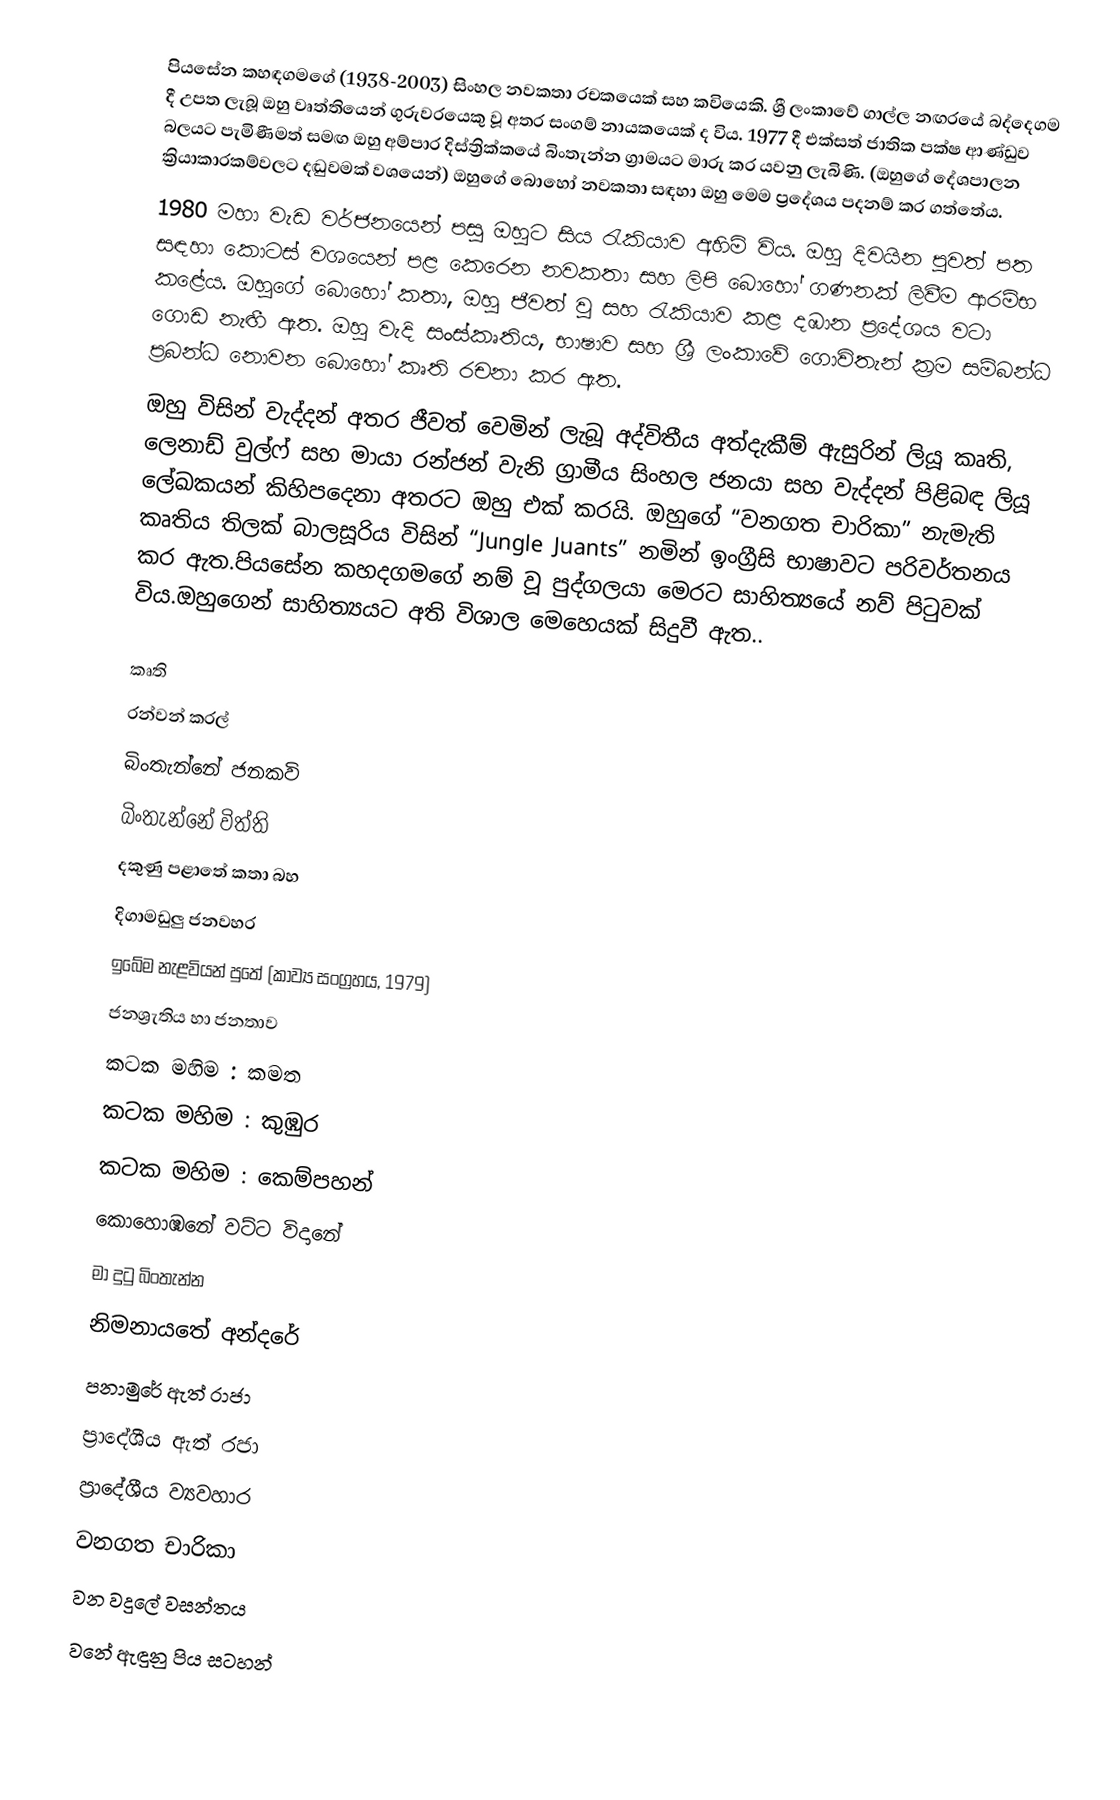
පියසේන කහඳගමගේ (1938-2003) සිංහල නවකතා රචකයෙක් සහ කවියෙකි. ශ්‍රී ලංකාවේ ගාල්ල නඟරයේ බද්දෙගම දී උපත ලැබූ ඔහු වෘත්තියෙන් ගුරුවරයෙකු වූ අතර සංගම් නායකයෙක් ද විය. 1977  දී එක්සත් ජාතික පක්ෂ ආණ්ඩුව බලයට පැමිණීමත් සමඟ ඔහු අම්පාර දිස්ත්‍රික්කයේ බිංතැන්න ග්‍රාමයට මාරු කර යවනු ලැබිණි. (ඔහුගේ දේශපාලන ක්‍රියාකාරකම්වලට දඬුවමක් වශයෙන්) ඔහුගේ බොහෝ නවකතා සඳහා ඔහු මෙම ප්‍රදේශය පදනම් කර ගත්තේය.
1980 මහා වැඩ වර්ජනයෙන් පසු ඔහුට සිය රැකියාව අහිමි විය. ඔහු දිවයින පුවත් පත සඳහා කොටස් වශයෙන් පළ කෙරෙන නවකතා සහ ලිපි බොහෝ ගණනක් ලිවීම ආරම්භ කළේය. ඔහුගේ බොහෝ කතා, ඔහු ජීවත් වූ සහ රැකියාව කළ දඹාන ප්‍රදේශය වටා ගොඩ නැඟී ඇත. ඔහු වැදි සංස්කෘතිය, භාෂාව සහ ශ්‍රී ලංකාවේ ගොවිතැන් ක්‍රම සම්බන්ධ ප්‍රබන්ධ නොවන බොහෝ කෘති රචනා කර ඇත.
ඔහු විසින් වැද්දන් අතර ජීවත් වෙමින් ලැබූ අද්විතීය අත්දැකීම් ඇසුරින් ලියූ කෘති, ලෙනාඩ් වුල්‍ෆ් සහ මායා රන්ජන් වැනි ග්‍රාමීය සිංහල ජනයා සහ වැද්දන් පිළිබඳ ලියූ ලේඛකයන් කිහිපදෙනා අතරට ඔහු එක් කරයි. ඔහුගේ “වනගත චාරිකා” නැමැති කෘතිය තිලක් බාලසූරිය විසින් “Jungle Juants” නමින් ඉංග්‍රීසි භාෂාවට පරිවර්තනය කර ඇත.පියසේන කහදගමගේ නම් වූ පුද්ගලයා මෙරට සාහිත්‍යයේ නව් පිටුවක් විය.ඔහුගෙන් සාහිත්‍යයට අති විශාල මෙහෙයක් සිදුවී ඇත..

කෘති
 රන්වන් කරල්
	බිංතැන්නේ ජනකවි
	බිංතැන්නේ විත්ති
	දකුණු පළාතේ කතා බහ
	දිගාමඩුලු ජනවහර
	ඉබේම නැළවියන් පුතේ (කාව්‍ය සංග්‍රහය, 1979)
	ජනශ්‍රැතිය හා ජනතාව
	කටක මහිම : කමත
	කටක මහිම : කුඹුර
	කටක මහිම : කෙම්පහන්
	කොහොඹනේ වට්ට විදානේ
	මා දුටු බිංතැන්න
	නිමනායතේ අන්දරේ
	පනාමුරේ ඇත් රාජා
	ප්‍රාදේශීය ඇත් රජා
	ප්‍රාදේශීය ව්‍යවහාර
	වනගත චාරිකා
	වන වදුලේ වසන්තය
වනේ ඇඳුනු පිය සටහන්